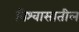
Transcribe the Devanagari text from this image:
विश्‍वासातील